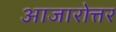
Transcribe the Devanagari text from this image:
आजारोत्तर